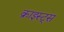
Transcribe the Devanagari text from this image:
क्राइस्ट्स